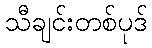
သီချင်းတစ်ပုဒ်